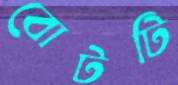
বোটটি